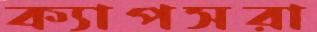
ক্যাপসরা